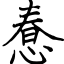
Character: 惷